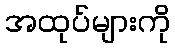
အထုပ်များကို